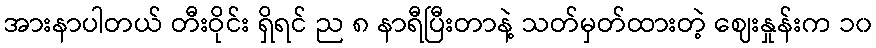
အားနာပါတယ် တီးဝိုင်း ရှိရင် ည ၈ နာရီပြီးတာနဲ့ သတ်မှတ်ထားတဲ့ ဈေးနှုန်းက ၁၀